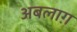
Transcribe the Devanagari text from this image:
अबलाग़